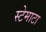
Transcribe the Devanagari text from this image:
स्टेमाटा